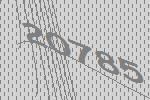
20785